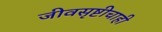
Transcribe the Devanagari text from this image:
जीवसृष्टीचाही